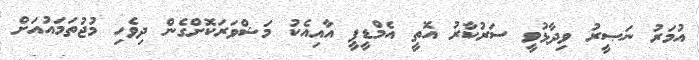
އުމަރު ނަޞީރު ވިދާޅުވީ ސަރުކާރު އޮތީ އެމްޑީޕީ އާއިއެކު މަޝްވަރަކޮށްގެން ދިވެހި މުޖުތަމައުއަށް